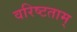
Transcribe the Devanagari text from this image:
वरिष्टताम्